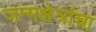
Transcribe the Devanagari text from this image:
जन्मक्षेत्रांचा